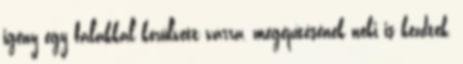
igény egy falakkal körülvett várra, megépítésének neki is kezdtek,